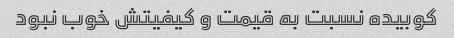
کوبیده نسبت به قیمت و کیفیتش خوب نبود